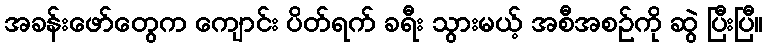
အခန်းဖော်တွေက ကျောင်း ပိတ်ရက် ခရီး သွားမယ့် အစီအစဉ်ကို ဆွဲ ပြီးပြီ။